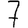
Digit: 7